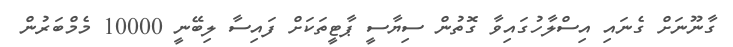
ގާނޫނަށް ގެނައި އިސްލާހުގައިވާ ގޮތުން ސިޔާސީ ޕާޓީތަކަށް ފައިސާ ލިބޭނީ 10000 މެމްބަރުން